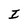
Character: I